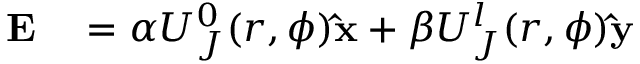
\begin{array} { r l } { \mathbf { E } } & { { } = \alpha U _ { J } ^ { 0 } ( r , \phi ) \mathbf { \hat { x } } + \beta U _ { J } ^ { l } ( r , \phi ) \mathbf { \hat { y } } } \end{array}